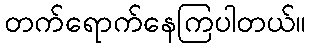
တက်ရောက်နေကြပါတယ်။